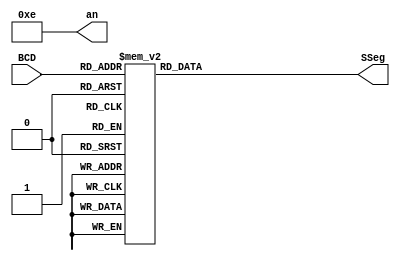
module seg7 (BCD, SSeg, an);

  input [3:0] BCD;
  output reg [0:6] SSeg;
  output [3:0] an;
  
  assign an = 4'b1110;


always @ ( * ) begin
  case (BCD)

                   // abcdefg
   4'b0000: SSeg = 7'b0000001; // "0"  
	 4'b0001: SSeg = 7'b1001111; // "1" 
	 4'b0010: SSeg = 7'b0010010; // "2" 
	 4'b0011: SSeg = 7'b0000110; // "3" 
	 4'b0100: SSeg = 7'b1001100; // "4" 
	 4'b0101: SSeg = 7'b0100100; // "5" 
	 4'b0110: SSeg = 7'b0100000; // "6" 
	 4'b0111: SSeg = 7'b0001111; // "7" 
	 4'b1000: SSeg = 7'b0000000; // "8"  
	 4'b1001: SSeg = 7'b0000100; // "9" 
	 4'ha: SSeg = 7'b0001000;  
	 4'hb: SSeg = 7'b1100000;
   4'hc: SSeg = 7'b0110001;
   4'hd: SSeg = 7'b1000010;
   4'he: SSeg = 7'b0110000;
   4'hf: SSeg = 7'b0111000;
    default:
    SSeg = 0;
  endcase
end

endmodule